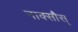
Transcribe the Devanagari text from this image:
नाक्सौस्